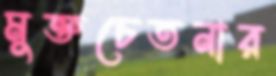
মুক্তচেতনার